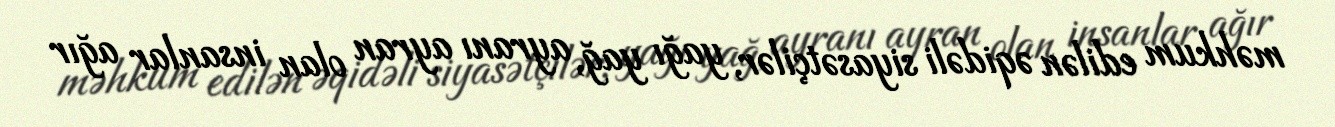
məhkum edilən əqidəli siyasətçilər, yağı yağ, ayranı ayran olan insanlar ağır